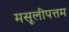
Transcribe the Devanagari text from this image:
मसूलीपत्तम